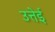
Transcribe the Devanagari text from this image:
उत्तेई